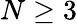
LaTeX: N\geq 3